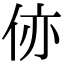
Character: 㑊